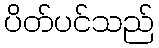
ပိတ်ပင်သည်